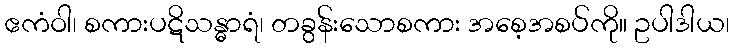
ဧကံဝါ၊ စကားပဋိသန္ဓာရံ၊ တခွန်းသောစကား အစေ့အစပ်ကို။ ဥပါဒါယ၊